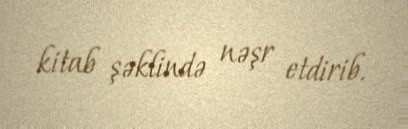
kitab şəklində nəşr etdirib.